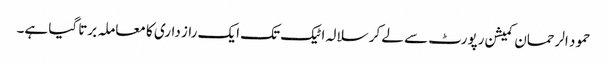
حمود الرحمان کمیشن رپورٹ سے لے کر سلالہ اٹیک تک ایک راز داری کا معاملہ برتا گیا ہے۔